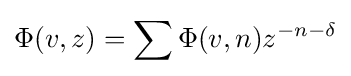
\Phi (v,z)=\sum \Phi (v,n)z^{-n-\delta }